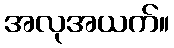
အလုအယက်။